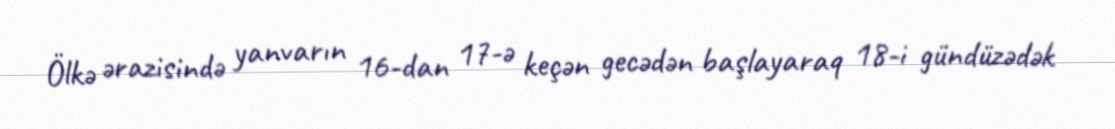
Ölkə ərazisində yanvarın 16-dan 17-ə keçən gecədən başlayaraq 18-i gündüzədək